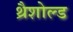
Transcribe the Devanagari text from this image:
थ्रैशोल्ड